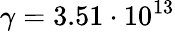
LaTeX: \gamma=3.51\cdot 10^{13}